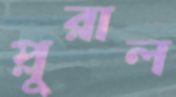
প্লুরাল